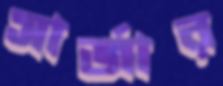
সার্জার